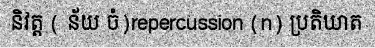
និវត្ត ( ន័យ ចំ)repercussion (n) ប្រតិឃាត